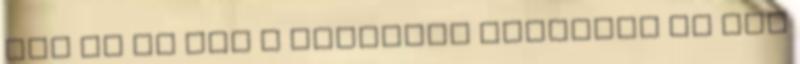
sül el és nem e világhoz szorítja az ősi